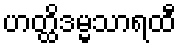
ဟတ္ထိဒမ္မသာရထီ